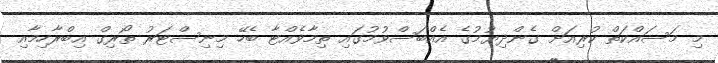
މި މަސައްކަތް ކުރިއަށް ގެންދިޔުމުގެ އެއްބަސްވުމުގައި ތިމާވެއްޓާ ބެހޭ މިނިސްޓަރު ތޯރިގް އިބްރާހިމާއި